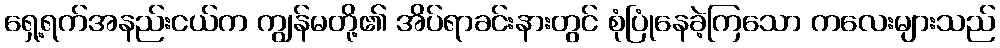
ရှေ့ရက်အနည်းငယ်က ကျွန်မတို့၏ အိပ်ရာခင်းနားတွင် စုံပြုံနေခဲ့ကြသော ကလေးများသည်